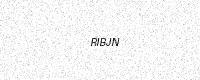
Text: RIBJN